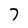
Character: 7